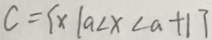
C = \{ x \vert a < x < a + 1 \}